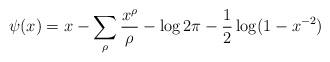
LaTeX: \begin{align*}\psi(x) = x - \sum_{\rho} \frac{x^\rho}{\rho}-\log 2\pi - \frac{1}{2} \log(1-x^{-2})\end{align*}